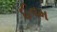
ઈવમ